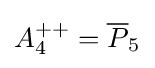
A_{4}^{++}={\overline {P}}_{5}